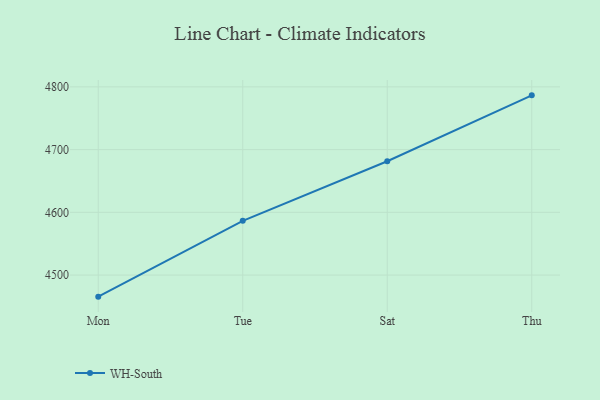
{"axis": {"x": "Day", "y": "Net Income (USD K)"}, "legend": ["WH-South"], "data": [{"x": "Mon", "y": 4465.6, "type": "WH-South"}, {"x": "Tue", "y": 4586.4, "type": "WH-South"}, {"x": "Sat", "y": 4681.4, "type": "WH-South"}, {"x": "Thu", "y": 4786.5, "type": "WH-South"}]}